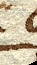
ca